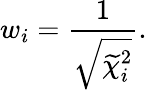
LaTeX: w_{i}=\frac{1}{\sqrt{{\widetilde{\chi}_{i}^{2}}}}.